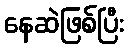
နေဆဲဖြစ်ပြီး